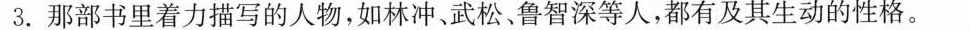
3.那部书里着力描写的人物，如林冲、武松、鲁智深等人，都有及其生动的性格。